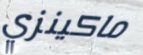
ماكينزي